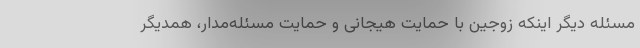
مسئله دیگر اینکه زوجین با حمایت هیجانی و حمایت مسئله‌مدار، همدیگر